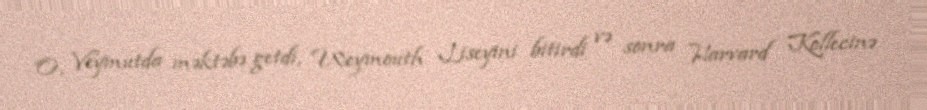
O, Veymutda məktəbə getdi, Weymouth Liseyini bitirdi və sonra Harvard Kollecinə